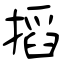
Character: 搯